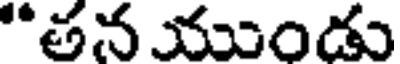
"తన ముండు